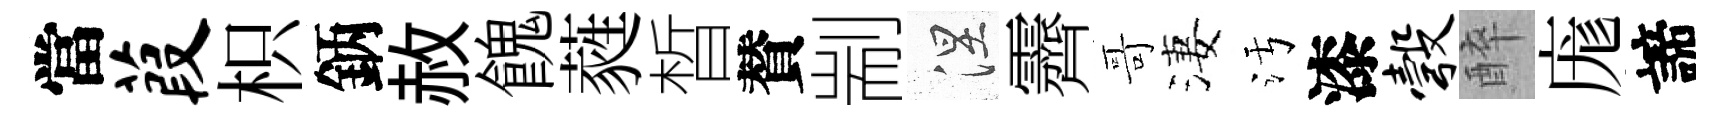
當葭枳鈵赦餽蕤晳賛剬涅霽哥淒污漆彀醉庬諦